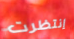
إنتظرت